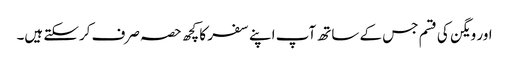
اور ویگن کی قسم جس کے ساتھ آپ اپنے سفر کا کچھ حصہ صرف کرسکتے ہیں۔